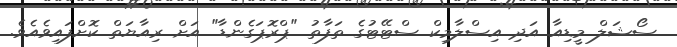
ސޯޝަލް މީޑިއާ އަދި އިސްލާމިކް ސްޓޭޓުގެ ތަފާތު "ޕްރޮޕަގެންޑާ" އަށް ރިއާޔަތް ކޮށްފައިވެއެވެ.